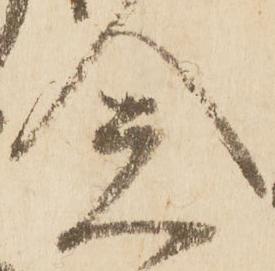
念